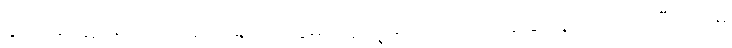
နိုင်ငံရေးဆိုင်ရာလုပ်ဆောင်ချက်တွေမှာ သူလျှိုများကို အသုံး ချခြင်းနဲ့ပတ်သက်ပြီး ဘာမှ